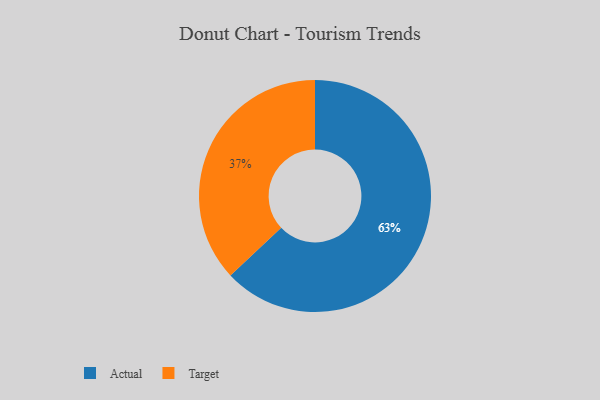
{"axis": {"x": "Category", "y": "Percentage"}, "legend": ["Actual", "Target"], "data": [{"x": "Actual", "y": 63, "type": "Actual"}, {"x": "Target", "y": 37, "type": "Target"}]}